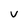
Character: V